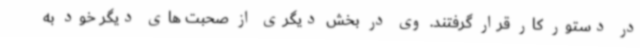
در دستور کار قرار گرفتند. وی در بخش دیگری از صحبت های دیگر خود به